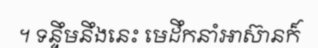
។ ទន្ទឹមនឹងនេះ មេដឹកនាំអាស៊ានក៏